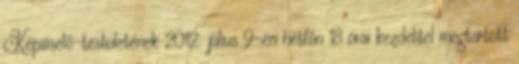
Képviselő-testületének 2012. július 9-én hétfőn 18 órai kezdettel megtartott